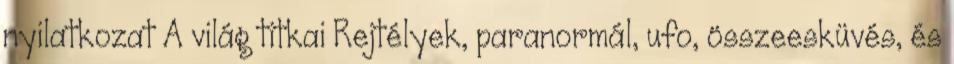
nyilatkozat A világ titkai Rejtélyek, paranormál, ufo, összeesküvés, és